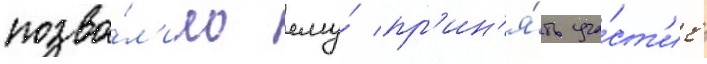
позво́л'ило ему́ пр'ин'я́ть уча́ст'ие